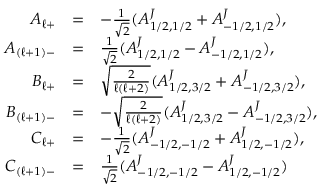
\begin{array} { r c l } { { A _ { \ell + } } } & { { = } } & { { - \frac { 1 } { \sqrt { 2 } } ( A _ { 1 / 2 , 1 / 2 } ^ { J } + A _ { - 1 / 2 , 1 / 2 } ^ { J } ) , } } \\ { { A _ { ( \ell + 1 ) - } } } & { { = } } & { { \frac { 1 } { \sqrt { 2 } } ( A _ { 1 / 2 , 1 / 2 } ^ { J } - A _ { - 1 / 2 , 1 / 2 } ^ { J } ) , } } \\ { { B _ { \ell + } } } & { { = } } & { { \sqrt { \frac { 2 } { \ell ( \ell + 2 ) } } ( A _ { 1 / 2 , 3 / 2 } ^ { J } + A _ { - 1 / 2 , 3 / 2 } ^ { J } ) , } } \\ { { B _ { ( \ell + 1 ) - } } } & { { = } } & { { - \sqrt { \frac { 2 } { \ell ( \ell + 2 ) } } ( A _ { 1 / 2 , 3 / 2 } ^ { J } - A _ { - 1 / 2 , 3 / 2 } ^ { J } ) , } } \\ { { C _ { \ell + } } } & { { = } } & { { - \frac { 1 } { \sqrt { 2 } } ( A _ { - 1 / 2 , - 1 / 2 } ^ { J } + A _ { 1 / 2 , - 1 / 2 } ^ { J } ) , } } \\ { { C _ { ( \ell + 1 ) - } } } & { { = } } & { { \frac { 1 } { \sqrt { 2 } } ( A _ { - 1 / 2 , - 1 / 2 } ^ { J } - A _ { 1 / 2 , - 1 / 2 } ^ { J } ) } } \end{array}